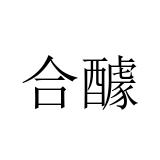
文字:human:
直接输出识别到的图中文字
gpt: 合醵